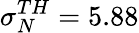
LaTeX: \sigma_{N}^{TH}=5.88